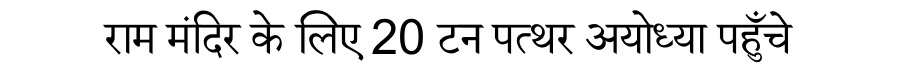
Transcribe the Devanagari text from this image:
राम मंदिर के लिए 20 टन पत्थर अयोध्या पहुँचे